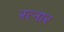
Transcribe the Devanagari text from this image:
रत्नार